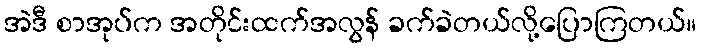
အဲဒီ စာအုပ်က အတိုင်းထက်အလွန် ခက်ခဲတယ်လို့ပြောကြတယ်။